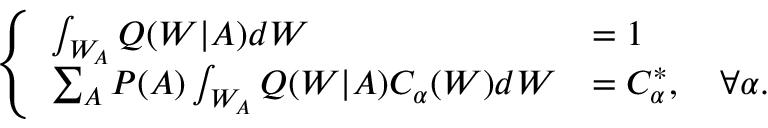
\left\{ \begin{array} { l l } { \int _ { W _ { A } } Q ( W | A ) d W } & { = 1 } \\ { \sum _ { A } P ( A ) \int _ { W _ { A } } Q ( W | A ) C _ { \alpha } ( W ) d W } & { = C _ { \alpha } ^ { * } , \quad \forall \alpha . } \end{array} \right.